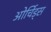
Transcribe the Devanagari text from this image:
ओर्चिड्स